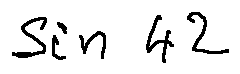
\sin 4 2